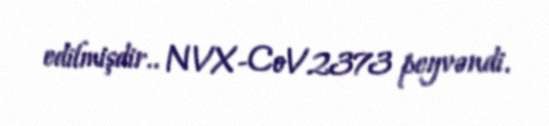
edilmişdir.. NVX-CoV2373 peyvəndi.